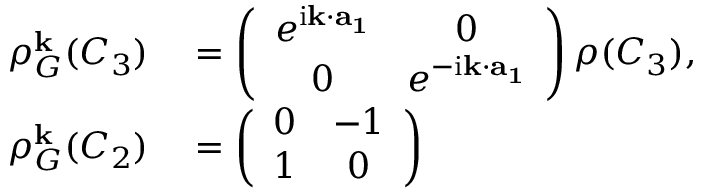
\begin{array} { r l } { \rho _ { G } ^ { \bf k } ( C _ { 3 } ) } & { { } = \left( \begin{array} { c c } { e ^ { \mathrm { i } { \bf k } \cdot { \bf a _ { 1 } } } } & { 0 } \\ { 0 } & { e ^ { - \mathrm { i } { \bf k } \cdot { \bf a _ { 1 } } } } \end{array} \right) \rho ( C _ { 3 } ) , } \\ { \rho _ { G } ^ { \bf k } ( C _ { 2 } ) } & { { } = \left( \begin{array} { c c } { 0 } & { - 1 } \\ { 1 } & { 0 } \end{array} \right) } \end{array}